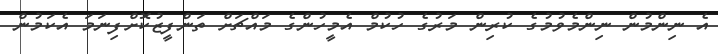
އެ ނިންމުން ނިންމެވުމުގެ ކުރިން މަރުގެ ހުކުމް އެމީހުންގެ މައްޗަށް ތަންފީޒުކޮށްފިނަމަ އެކަމުން